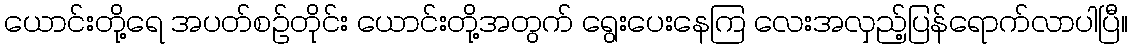
ယောင်းတို့ရေ အပတ်စဉ်တိုင်း ယောင်းတို့အတွက် ရွေးပေးနေကြ လေးအလှည့်ပြန်ရောက်လာပါပြီ။